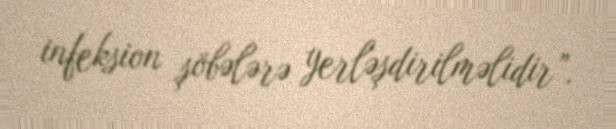
infeksion şöbələrə yerləşdirilməlidir”.